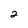
Character: 2